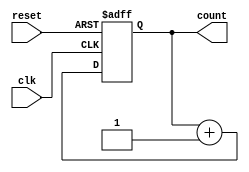
module counter (
    input clk,
    input reset,
    output reg [7:0] count
);

parameter COUNTER_WIDTH = 8;

always @(posedge clk or posedge reset)
begin
    if (reset)
        count <= 0;
    else
        count <= count + 1;
end

endmodule